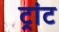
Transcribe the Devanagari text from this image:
ट्रांट